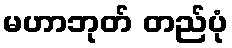
မဟာဘုတ် တည်ပုံ